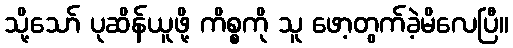
သို့သော် ပုဆိန်ယူဖို့ ကိစ္စကို သူ ဖော့တွက်ခဲ့မိလေပြီ။